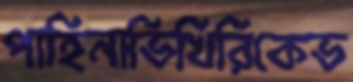
পাহিনাভিখিরিকেভ